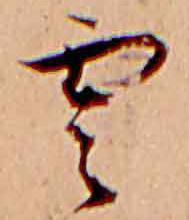
雲